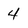
Character: 4